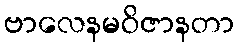
ဗာလေနမဝိဇာနတာ